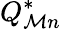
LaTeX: Q_{\mathcal{M}n}^{*}